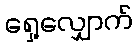
ရှေ့လျှောက်